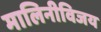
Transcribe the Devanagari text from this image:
मालिनीविजय